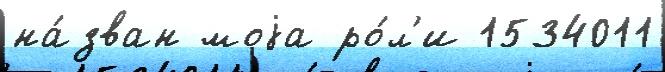
на́зван моjа ро́л'и 1534011